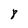
Character: 8